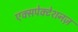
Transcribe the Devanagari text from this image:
एक्सपेक्टेशनज़